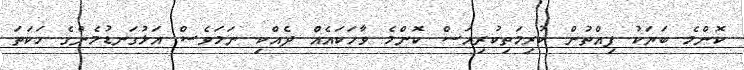
ކޮންމެ ބަޔަކު ފިއްތުން ކުރިމަތިކުރިއަސް ކޮންމެ ވާހަކައެއް ދެއްކި ނަމަވެސް އަޅުގަނޑުމެންގެ ހަކަތަ